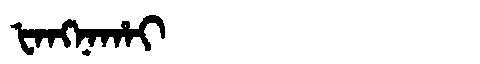
Manchu: ᡶᠠᠩᠨᠠᡥᠠᡳ
Romanization: FANGNAHAI